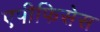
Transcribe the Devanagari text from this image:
एपीफिसेस